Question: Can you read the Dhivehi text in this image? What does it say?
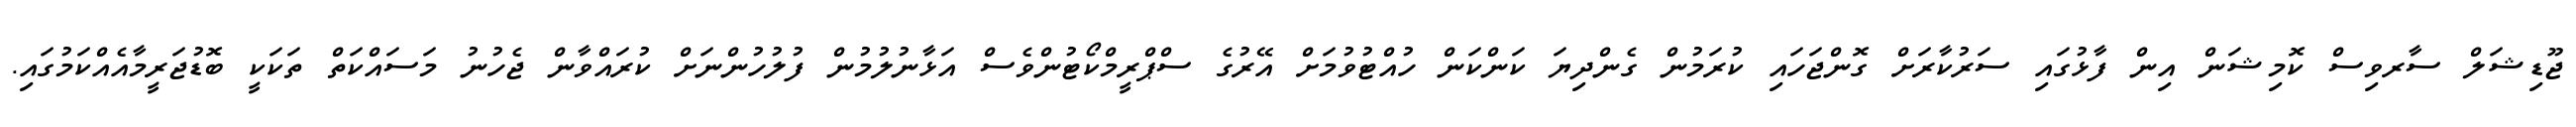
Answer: ޖޫޑިޝަލް ސާރވިސް ކޮމިޝަން އިން ފާޅުގައި ސަރުކާރަށް ގޮންޖަހައި ކުރަމުން ގެންދިޔަ ކަންކަން ހުއްޓުވުމަށް އޭރުގެ ސްޕްރީމްކޯޓުންވެސް އަޅާނުލުމުން ފުލުހުންނަށް ކުރައްވާން ޖެހުނު މަސައްކަތް ތަކަކީ ބޮޑުޖަރީމާއެއްކަމުގައި.